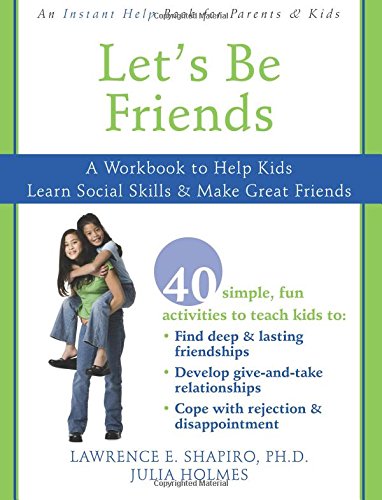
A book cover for Let's Be Friends: A Workbook to Help Kids Learn Social Skills and Make Great Friends; Lawrence Shapiro PhD; Parenting & Relationships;